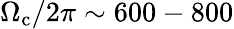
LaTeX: \Omega_{\mathrm{c}}/2\pi\sim 600-800